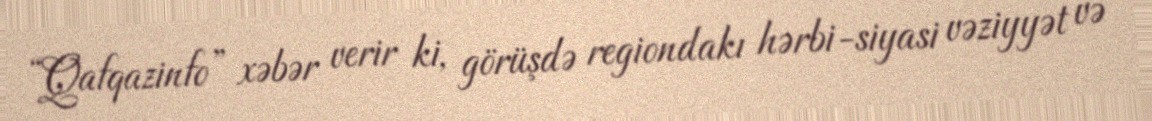
“Qafqazinfo” xəbər verir ki, görüşdə regiondakı hərbi-siyasi vəziyyət və